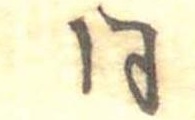
同